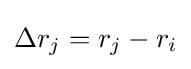
\Delta r_{j}=r_{j}-r_{i}